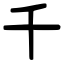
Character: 千